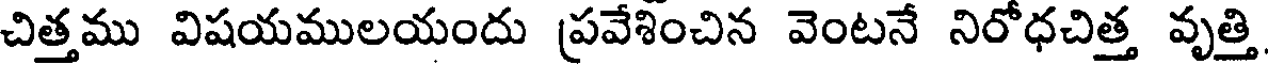
చిత్తము విషయములయందు ప్రవేశించిన వెంటనే నిరోధచిత్త వృత్తి